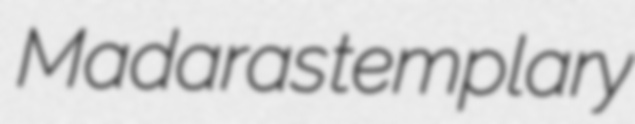
Madaras templary